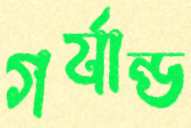
গর্যান্ড